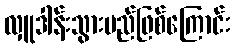
လှူဒါန်းသွားမည်ဖြစ်ကြောင်း